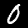
Label: 0